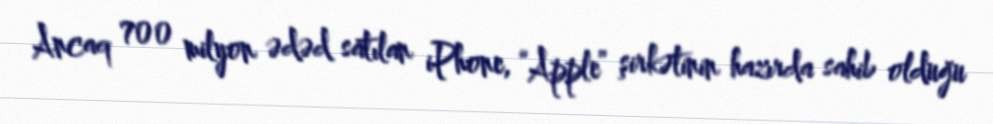
Ancaq 700 milyon ədəd satılan iPhone, “Apple” şirkətinin hazırda sahib olduğu